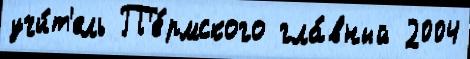
учи́т'ель П'е́рмского гла́вный 2004